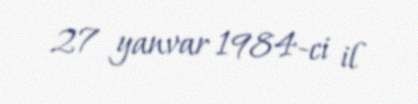
27 yanvar 1984-ci il